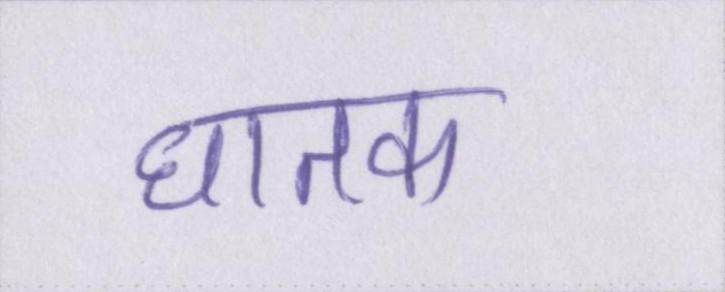
घातक